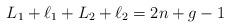
LaTeX: \begin{align*} L_1+\ell_1+L_2+\ell_2 = 2n + g -1 \end{align*}